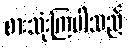
စားသုံးကြပါသည်